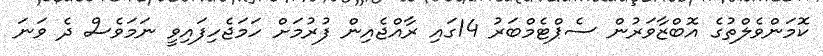
ކޮމަންވެލްތުގެ އޮބްޒާވަރުން ސެޕްޓެމްބަރު 14ގައި ރާއްޖެއިން ފުރުމަށް ހަމަޖެހިފައިވީ ނަމަވެސް ދެ ވަނަ